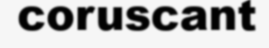
coruscant